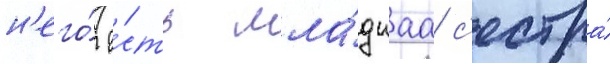
н'его́ е́сть мла́дшаа с'естра́